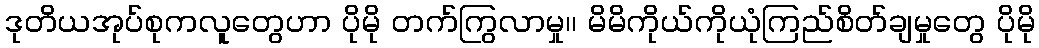
ဒုတိယအုပ်စုကလူတွေဟာ ပိုမို တက်ကြွလာမှု၊၊ မိမိကိုယ်ကိုယုံကြည်စိတ်ချမှုတွေ ပိုမို